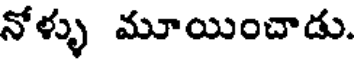
నోళ్ళు మూయించాడు.